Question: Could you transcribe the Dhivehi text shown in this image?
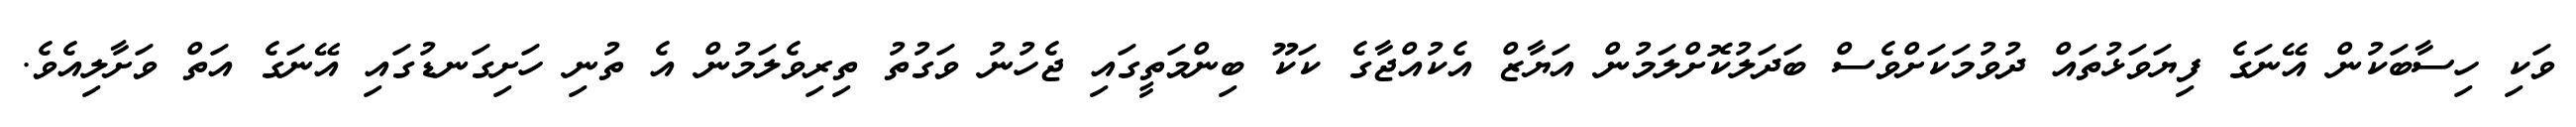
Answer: ވަކި ހިސާބަކުން އޭނަގެ ފިޔަވަޅުތައް ދުވުމަކަށްވެސް ބަދަލުކޮށްލަމުން އަޔާޒް އެކުއްޖާގެ ކަކޫ ބިންމަތީގައި ޖެހުނު ވަގުތު ތިރިވެލަމުން އެ ތުނި ހަށިގަނޑުގައި އޭނަގެ އަތް ވަށާލިއެވެ.